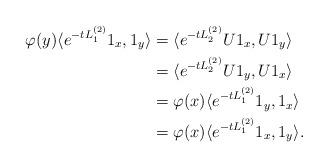
LaTeX: \begin{align*}\varphi(y) \langle e^{-t L_1^{(2)} } 1_x,1_y\rangle &=\langle e^{-t L_2^{(2)} } U1_x,U 1_y\rangle\\&= \langle e^{-t L_2^{(2)} } U 1_y, U1_x \rangle\\&= \varphi(x) \langle e^{-t L_1^{(2)} } 1_y, 1_x\rangle\\&= \varphi(x) \langle e^{-t L_1^{(2)} }1_x, 1_y\rangle.\end{align*}